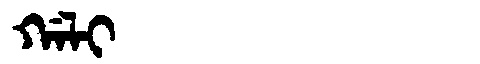
Manchu: ᡤᠠᠯᡳ
Romanization: GALI